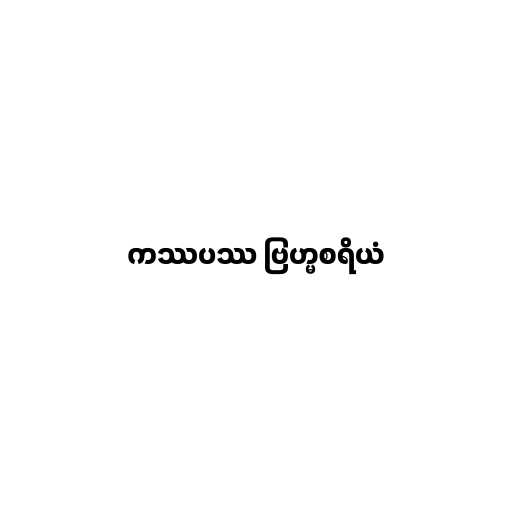
ကဿပဿ ဗြဟ္မစရိယံ